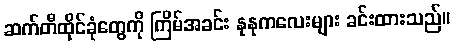
ဆက်တီထိုင်ခုံတွေကို ကြိမ်အခင်း နုနုကလေးများ ခင်းထားသည်။